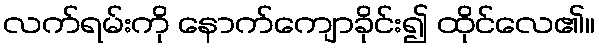
လက်ရမ်းကို နောက်ကျောခိုင်း၍ ထိုင်လေ၏။